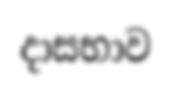
දාසභාව